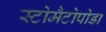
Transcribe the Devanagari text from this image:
स्टोमैटोपोडा